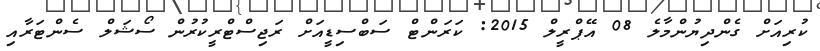
ކުރިއަށް ގެންދިޔުންމާލެ 08 އޭޕްރީލް 2015: ކަރަންޓް ސަބްސިޑީއަށް ރަޖިސްޓްރީކުރުން ސޯޝަލް ސެންޓަރާއި